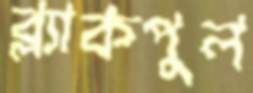
ব্ল্যাকপুল